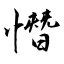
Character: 憯